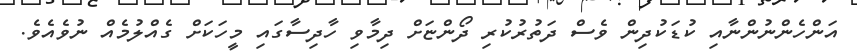
އަންހެންނުންނާއި ކުޑަކުދިން ވެސް ދަތުރުކުރި ދޯންޏަށް ދިމާވި ހާދިސާގައި މީހަކަށް ގެއްލުމެއް ނުވެއެވެ.